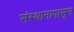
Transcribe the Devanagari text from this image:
संस्थानापासून